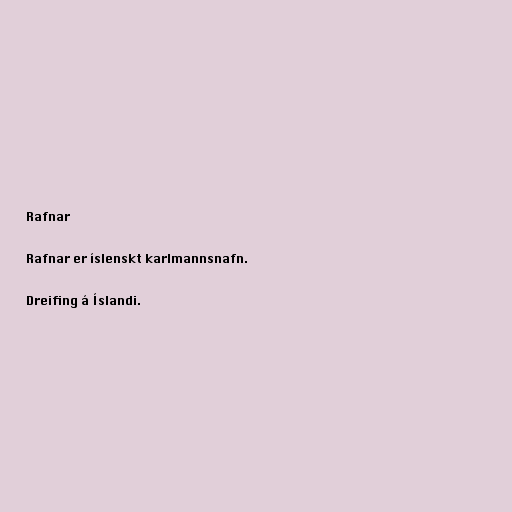
Rafnar

Rafnar er íslenskt karlmannsnafn.

Dreifing á Íslandi.